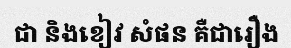
ជា និងខៀវ សំផន គឺជារឿង